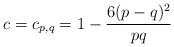
LaTeX: \begin{align*}c=c_{p,q}=1-\frac{6(p-q)^{2}}{pq}\end{align*}